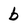
Character: b